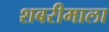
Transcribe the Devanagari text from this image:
शबरीमाला